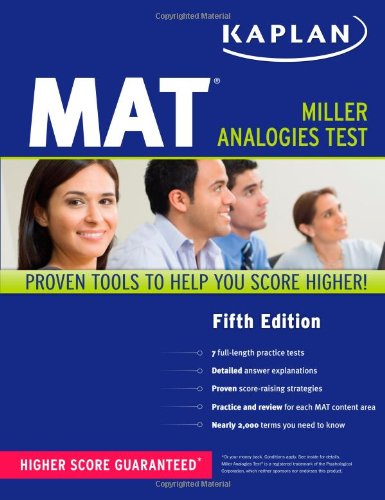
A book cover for Kaplan MAT (Kaplan Test Prep); Kaplan; Test Preparation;